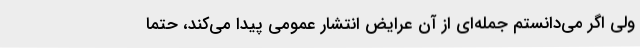
ولی اگر می‌دانستم جمله‌ای از آن عرایض انتشار عمومی پیدا می‌کند، حتما